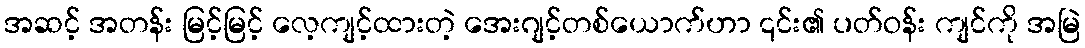
အဆင့် အတန်း မြင့်မြင့် လေ့ကျင့်ထားတဲ့ အေးဂျင့်တစ်ယောက်ဟာ ၎င်း၏ ပတ်ဝန်း ကျင်ကို အမြဲ